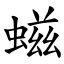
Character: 螆